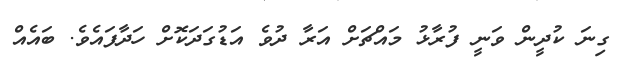
ގިނަ ކުދީން ވަނީ ފުރާޅު މައްޗަށް އަރާ ދުވެ އަޑުގަދަކޮށް ހަދާފައެވެ. ބައެއް